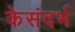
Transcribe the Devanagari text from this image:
केसंदर्भ